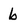
Character: b